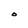
Character: O